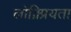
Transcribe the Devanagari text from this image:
लोक्र्प्रियता